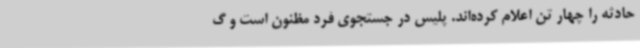
حادثه را چهار تن اعلام کرده‌اند. پلیس در جستجوی فرد مظنون است و گ